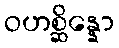
ဝဟစ္ဆိန္နော